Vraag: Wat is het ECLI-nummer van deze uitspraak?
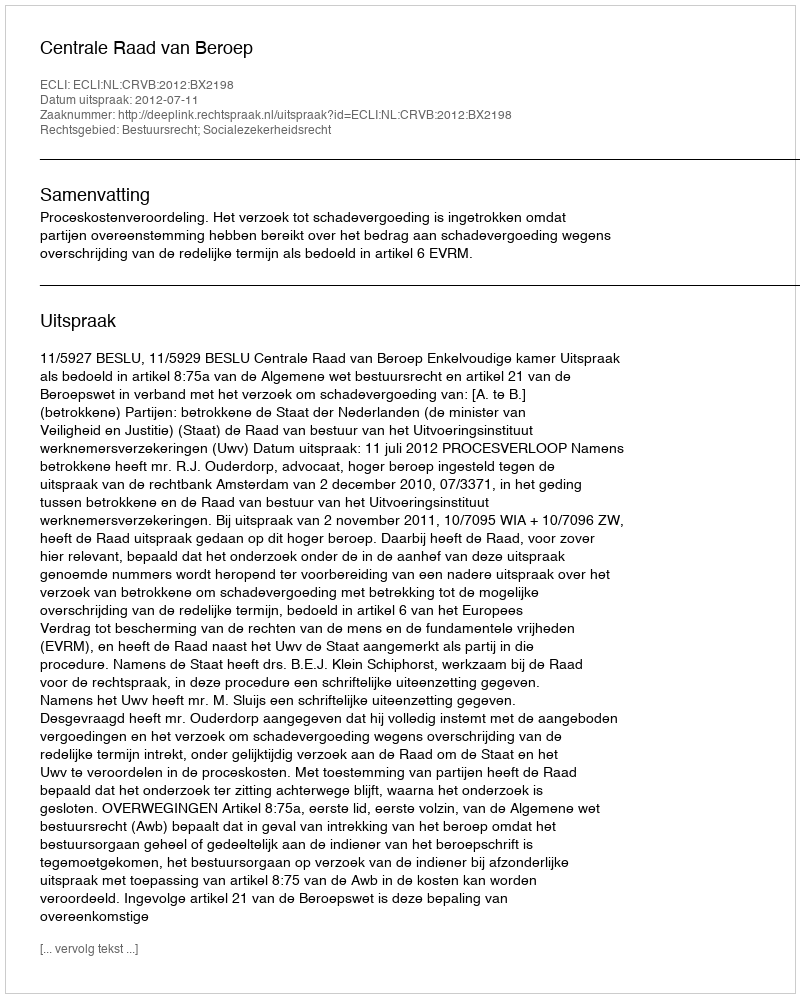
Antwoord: ECLI:NL:CRVB:2012:BX2198